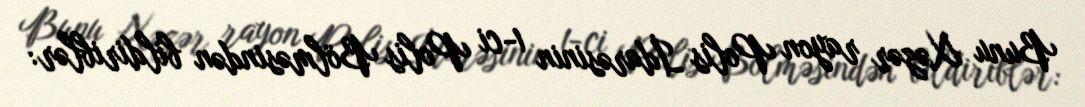
Bunu Xəzər rayon Polis İdarəsinin 1-ci Polis Bölməsindən bildiriblər: